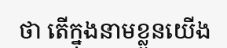
ថា តើក្នុងនាមខ្លួនយើង